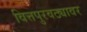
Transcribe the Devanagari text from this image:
वित्तपुरवठ्यावर